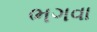
ભગવા